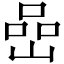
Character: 嵒